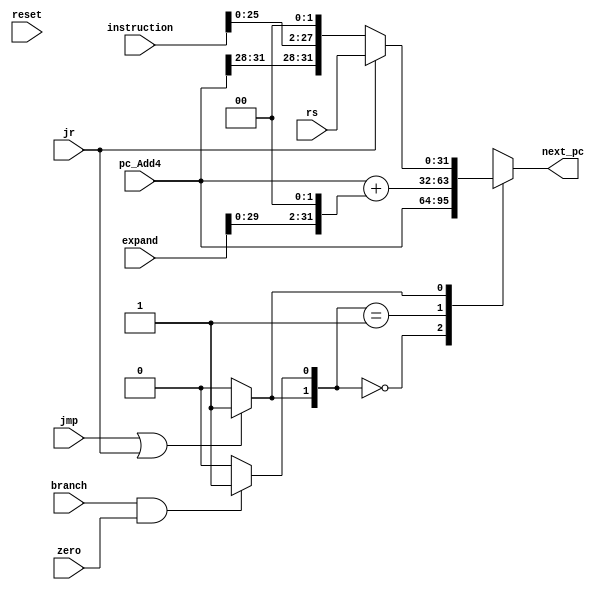
`timescale 1ns / 1ps


module next_pc(
input reset,
input branch, 
input zero, 
input jmp, 
input jr,
input [31:0] pc_Add4,
input [31:0] expand,
input [31:0] rs,
input [31:0] instruction,
output reg[31:0] next_pc
); 
    
    wire PCSrc1, PCSrc2;
    wire [31:0]  J_Addr,branch_Addr;

    assign branch_Addr = pc_Add4 + (expand << 2);
    assign J_Addr =jr? rs:{pc_Add4[31:28], instruction[25:0], 2'b00}; 

    //PC
    assign PCSrc1 = (branch & zero)? 1'b1:1'b0;
    assign PCSrc2 = (jmp | jr)? 1'b1:1'b0;

    always@(*)begin
        casex({PCSrc2, PCSrc1})
            2'b00:next_pc<=pc_Add4;
            2'b01:next_pc<=branch_Addr;
            2'b1x:next_pc<=J_Addr;
            default:next_pc<=pc_Add4;
        endcase
    end

endmodule